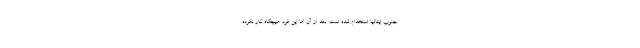
جنوب ایتالیا استخدام شده است. بعد از آن اما این فرد هیچگاه کار نکرده